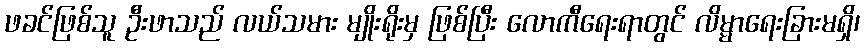
ဖခင်ဖြစ်သူ ဦးဖာသည် လယ်သမား မျိုးရိုးမှ ဖြစ်ပြီး လောကီရေးရာတွင် လိမ္မာရေးခြားမရှိ၊